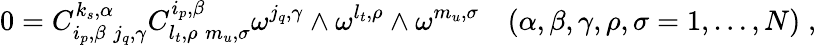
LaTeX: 0=C_{i_{p},\beta\; j_{q},\gamma}^{k_{s},\alpha}C_{l_{t},\rho\; m_{u},\sigma}^{i_{p},\beta}\omega^{j_{q},\gamma}\wedge\omega^{l_{t},\rho}\wedge\omega^{m_{u},\sigma}\quad(\alpha,\beta,\gamma,\rho,\sigma=1,\ldots,N)\; ,